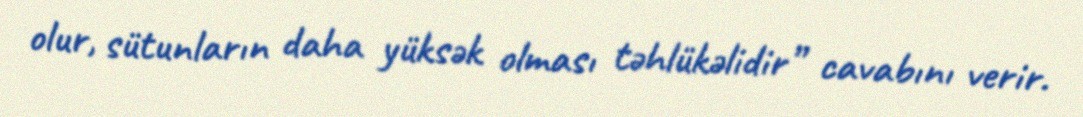
olur, sütunların daha yüksək olması təhlükəlidir” cavabını verir.